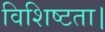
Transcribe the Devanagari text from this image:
विशिष्टता।